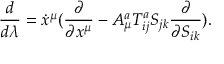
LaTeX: \frac { d } { d \lambda } = \dot { x } ^ { \mu } ( \frac { \partial } { \partial x ^ { \mu } } - A _ { \mu } ^ { a } T _ { i j } ^ { a } S _ { j k } \frac { \partial } { \partial S _ { i k } } ) .